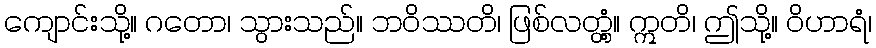
ကျောင်းသို့။ ဂတော၊ သွားသည်။ ဘဝိဿတိ၊ ဖြစ်လတ္တံ့။ ဣတိ၊ ဤသို့။ ဝိဟာရံ၊